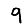
Digit: 9